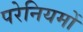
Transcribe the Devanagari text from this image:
परेनियमों